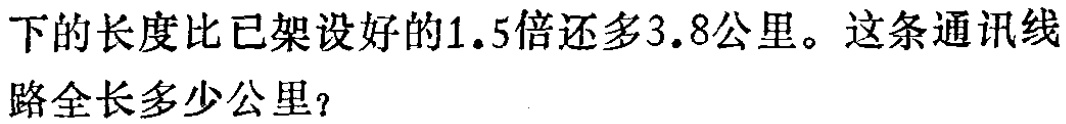
下的长度比已架设好的1.5倍还多3.8公里。这条通讯线路全长多少公里？